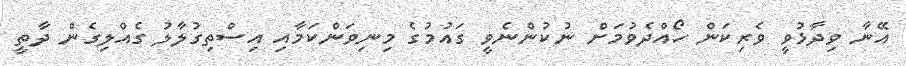
އޭނާ ވިދާޅުވީ ވެރިކަން ހޯއްދެވުމަށް ނުކުންނެވީ ގައުމުގެ މިނިވަންކަމާއި އިސްތިގުލާލު ގެއްލިގެން ދާތީ